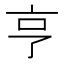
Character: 亨